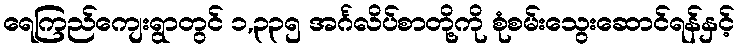
ရေကြည်ကျေးရွာတွင် ၁,၃၃၅ အင်္ဂလိပ်စာတို့ကို စုံစမ်းသွေးဆောင်ရန်နှင့်